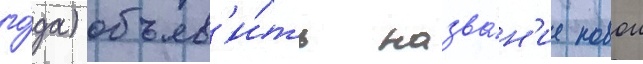
го́да) объяв'и́ть назва́н'ие новои